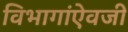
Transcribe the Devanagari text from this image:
विभागांऐवजी